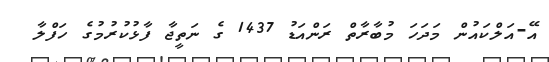
އޭ-އަލްކައުން މަދަހަ މުބާރާތް ރަންއަޑު 1437 ގެ ނަތީޖާ ފާޅުކުރުމުގެ ހަފްލާ